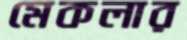
মেকলার